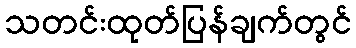
သတင်းထုတ်ပြန်ချက်တွင်